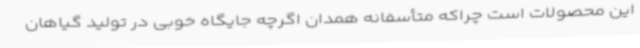
این محصولات است چراکه متأسفانه همدان اگرچه جایگاه خوبی در تولید گیاهان